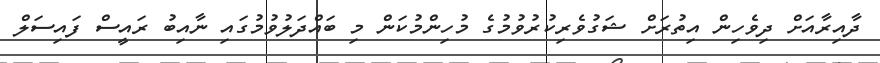
ދާއިރާއަށް ދިވެހިން އިތުރަށް ޝަގުވެރިކުރުވުމުގެ މުހިންމުކަން މި ބައްދަލުވުމުގައި ނާއިބު ރައީސް ފައިސަލް